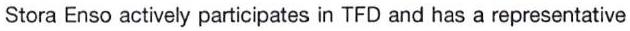
Stora Enso actively participates in TFD and has a representative